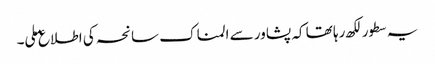
یہ سطورلکھ رہا تھا کہ پشاور سے المناک سانحہ کی اطلاع ملی۔